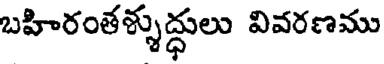
బహిరంతళ్ళుద్ధులు వివరణము